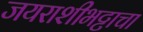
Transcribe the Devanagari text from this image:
जयराशीभट्टाचा